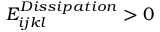
E _ { i j k l } ^ { D i s s i p a t i o n } > 0